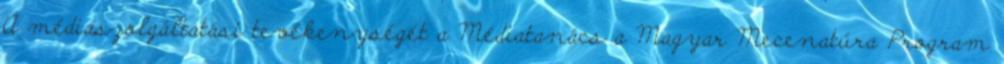
A médiaszolgáltatási tevékenységét a Médiatanács a Magyar Mecenatúra Program